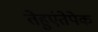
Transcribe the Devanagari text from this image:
तेहुएंतेपेक